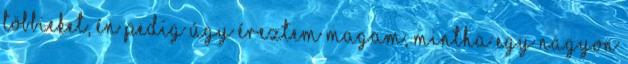
többieket, én pedig úgy éreztem magam, mintha egy nagyon